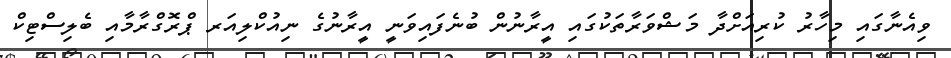
ވިއެނާގައި މިހާރު ކުރިއަށްދާ މަޝްވަރާތަކުގައި އީރާނުން ބުނެފައިވަނީ އީރާނުގެ ނިއުކްލިއަރ ޕްރޮގްރާމާއި ބެލިސްޓިކް